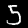
Digit: 5